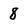
Character: 8